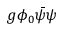
g \phi _ { 0 } { \bar { \psi } } \psi